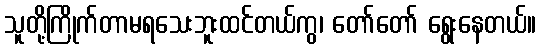
သူတို့ကြိုက်တာမရသေးဘူးထင်တယ်ကွ၊ တော်တော် ရွေးနေတယ်။